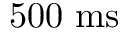
5 0 0 ~ \mathrm { m s }